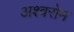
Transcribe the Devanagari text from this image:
अश्वरोम